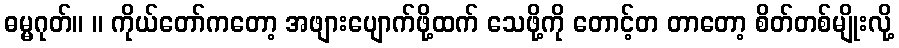
ဓမ္မဂုတ်။ ။ ကိုယ်တော်ကတော့ အဖျားပျောက်ဖို့ထက် သေဖို့ကို တောင့်တ တာတော့ စိတ်တစ်မျိုးလို့